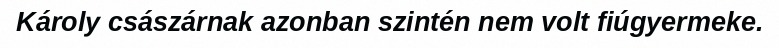
Károly császárnak azonban szintén nem volt fiúgyermeke.